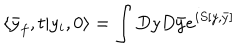
\langle \bar { y } _ { f } , t | y _ { i } , 0 \rangle = \int D y D \bar { y } e ^ { i S [ y , \bar { y } ] }